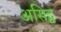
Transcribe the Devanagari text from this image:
असिद्व